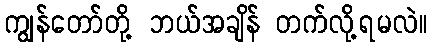
ကျွန်တော်တို့ ဘယ်အချိန် တက်လို့ရမလဲ။